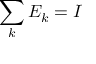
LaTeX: \sum _ { k } E _ { k } = I